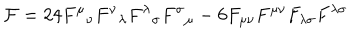
{ \cal F } = 2 4 F ^ { \mu } { } _ { \nu } F ^ { \nu } { } _ { \lambda } F ^ { \lambda } { } _ { \sigma } F ^ { \sigma } { } _ { \mu } - 6 F _ { \mu \nu } F ^ { \mu \nu } F _ { \lambda \sigma } F ^ { \lambda \sigma }